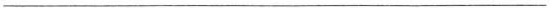
___